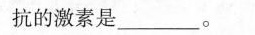
抗的激素是___。